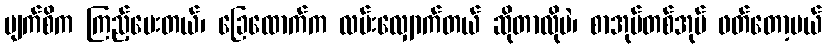
မျက်စိက ကြည့်ပေးတယ်၊ ခြေထောက်က လမ်းလျှောက်တယ် ဆိုတာလိုပဲ၊ စာအုပ်တစ်အုပ် ဖတ်တော့မယ်